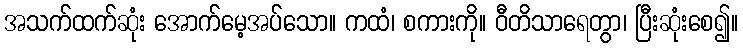
အသက်ထက်ဆုံး အောက်မေ့အပ်သော။ ကထံ၊ စကားကို။ ဝီတိသာရေတွာ၊ ပြီးဆုံးစေ၍။